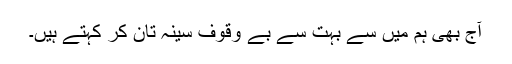
آج بھی ہم میں سے بہت سے بے وقوف سینہ تان کر کہتے ہیں۔